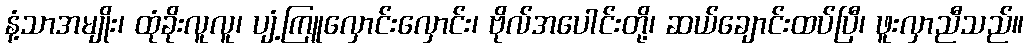
နံ့သာအမျိုး၊ ထုံခိုးလူလူ၊ ပျံ့ကြူလှောင်းလှောင်း၊ ဗိုလ်အပေါင်းတို့၊ ဆယ်ချောင်းထပ်ပြီ၊ ဖူးလှာညီသည်။